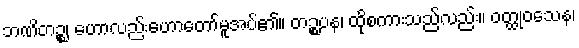
ဘဏိတဉ္စ၊ ဟောလည်းဟောတော်မူအပ်၏။ တဉ္စပန၊ ထိုစကားသည်လည်း။ ဝတ္ထုဝသေန၊